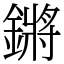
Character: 鏘